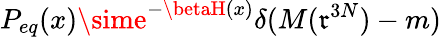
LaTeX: P_{eq}(x)\sime^{-\betaH(x)}\delta(M(\mathfrak{r}^{3N})-m)